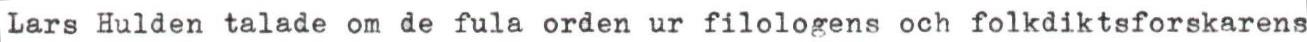
Lars Hulden talade om de fula orden ur filologens och folkdiktsforskarens